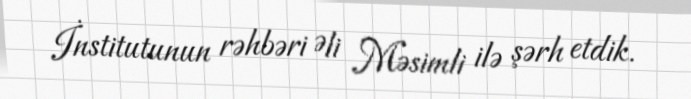
İnstitutunun rəhbəri Əli Məsimli ilə şərh etdik.